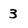
Character: 3